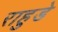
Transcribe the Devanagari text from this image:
राहुडे